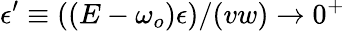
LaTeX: \epsilon^{\prime}\equiv((E-\omega_{o})\epsilon)/(vw)\rightarrow 0^{+}